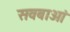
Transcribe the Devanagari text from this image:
सवबाओं